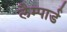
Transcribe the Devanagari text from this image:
लैम्पार्ड